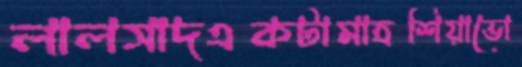
লালসাদএকটামাত্রশিয়াভো